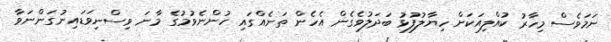
ނަމަވެސް މިހާރު ކުއްލިއަކަށް ހިޔާލުފުޅު ބަދަލުވެގެން އެހެން ތަނެއްގައި ހުންނެވުމުގެ މާނަ ވިސްނިވަޑައިނުގަންނަވާ